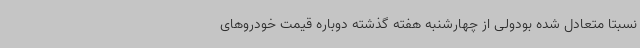
نسبتاً متعادل شده بودولی از چهارشنبه هفته گذشته دوباره قیمت خودروهای